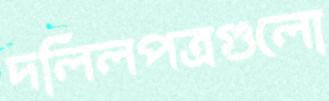
দলিলপত্রগুলো